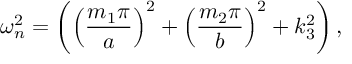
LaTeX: \omega _ { n } ^ { 2 } = \left( \left( \frac { m _ { 1 } \pi } { a } \right) ^ { 2 } + \left( \frac { m _ { 2 } \pi } { b } \right) ^ { 2 } + k _ { 3 } ^ { 2 } \right) ,